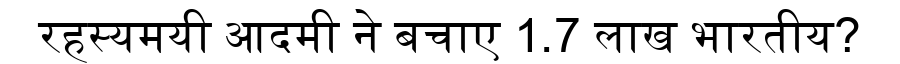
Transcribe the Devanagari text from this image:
रहस्यमयी आदमी ने बचाए 1.7 लाख भारतीय?